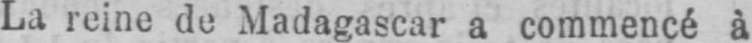
La reine de Madagascar a commencé à